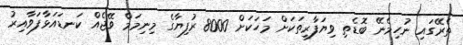
ތެރޭގައި ނުހިމެނޭ ބޮޑެތި ވިޔަފާރިތަކަށް މަހަކަށް 8000 ރުފިޔާގެ މިނިމަމް ވޭޖެއް ކަނޑައަޅާފަވާއިރު